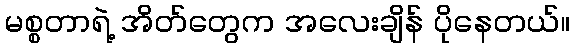
မစ္စတာရဲ့ အိတ်တွေက အလေးချိန် ပိုနေတယ်။